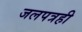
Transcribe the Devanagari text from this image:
जलपत्रही